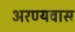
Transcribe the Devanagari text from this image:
अरण्यवास